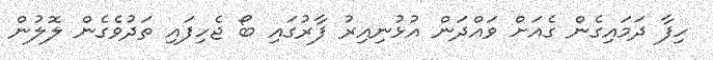
ހިފާ ދަމައިގެން ގެއަށް ވައްދަން އުޅުނިއިރު ފާރުގައި ބޯ ޖެހިފައި ތަދުވެގެން ލޮލުން